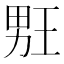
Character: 𰣉